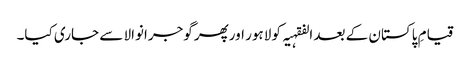
قیامِ پاکستان کے بعد الفقہیہ کو لاہور اورپھر گوجرانوالا سے جاری کیا۔